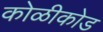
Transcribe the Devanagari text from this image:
कोळीकोड